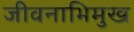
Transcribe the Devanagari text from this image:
जीवनाभिमुख